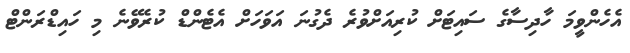
އެހެންވީމަ ހާދިސާގެ ސައިޓަށް ކުރިއަށްވުރެ ދެގުނަ އަވަހަށް އެޓެންޑް ކުރެވޭނެ މި ހައިޑްރަންޓް